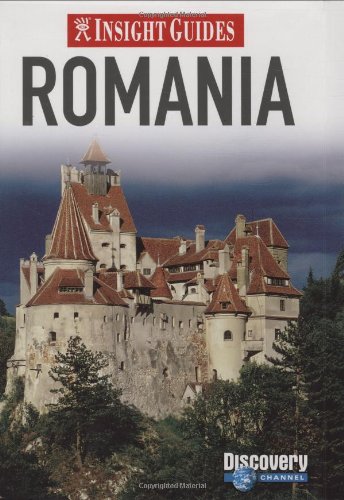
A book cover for Insight Guides: Romania; Travel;